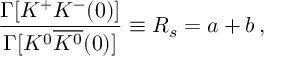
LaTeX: \frac { \Gamma [ K ^ { + } K ^ { - } ( 0 ) ] } { \Gamma [ K ^ { 0 } \overline { { { K ^ { 0 } } } } ( 0 ) ] } \equiv R _ { s } = a + b \, ,